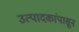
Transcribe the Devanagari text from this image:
उत्पादकांपासून